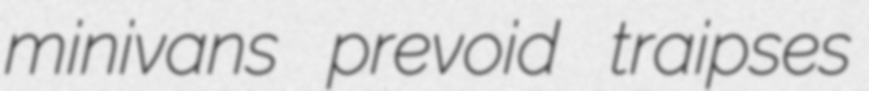
minivans prevoid traipses